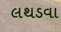
લથડવા